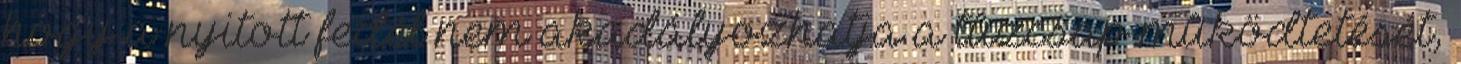
hogy a nyitott fedél nem akadályozhatja a tûzcsap mûködtetését,